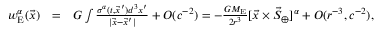
\begin{array} { r l r } { w _ { \mathrm { E } } ^ { \alpha } ( \vec { x } ) } & { = } & { G \int \frac { \sigma ^ { \alpha } ( t , \vec { x } ^ { \prime } ) d ^ { 3 } x ^ { \prime } } { | \vec { x } - \vec { x } ^ { \prime } | } + { \cal O } ( c ^ { - 2 } ) = - \frac { G M _ { \mathrm { E } } } { 2 r ^ { 3 } } [ { \vec { x } } \times { \vec { S } } _ { \oplus } ] ^ { \alpha } + { \cal O } ( r ^ { - 3 } , c ^ { - 2 } ) , } \end{array}